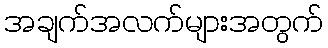
အချက်အလက်များအတွက်